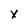
Character: X